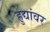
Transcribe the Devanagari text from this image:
हुद्यांवर